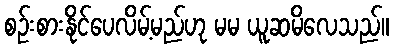
စဉ်းစားနိုင်ပေလိမ့်မည်ဟု မမ ယူဆမိလေသည်။